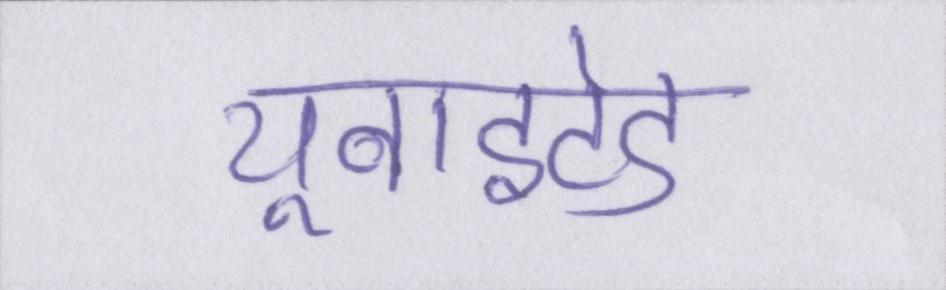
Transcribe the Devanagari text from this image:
यूनाइटेड